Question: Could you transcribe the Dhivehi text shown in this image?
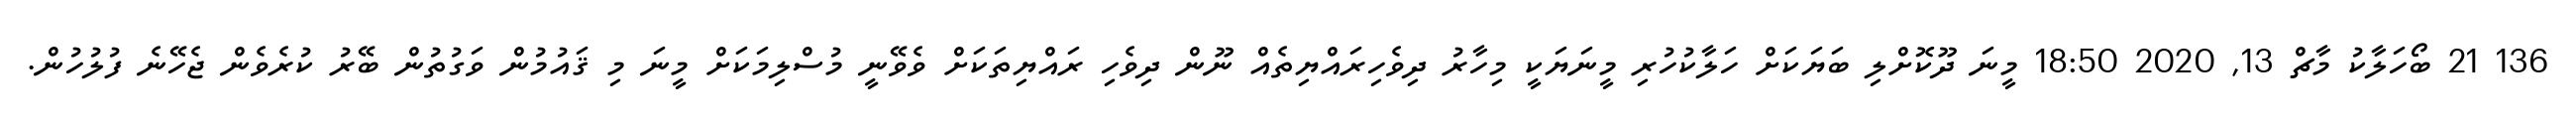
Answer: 136 21 ބޯހަލާކު މާޗް 13, 2020 18:50 މީނަ ދޫކޮށްލި ބަޔަކަށް ހަލާކުހުރި މީނަޔަކީ މިހާރު ދިވެހިރައްޔިތެއް ނޫން ދިވެހި ރައްޔިތަކަށް ވެވޭނީ މުސްލިމަކަށް މީނަ މި ޤައުމުން ވަގުތުން ބޭރު ކުރެވެން ޖެހޭނެ ފުލުހުން.